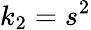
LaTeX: k_{2}=s^{2}